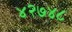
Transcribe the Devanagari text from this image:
४२७४८